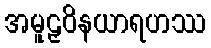
အမူဠှဝိနယာရဟဿ